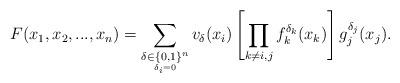
LaTeX: \begin{align*}F(x_{1},x_{2},...,x_{n})=\sum_{\underset{\delta_{i}=0}{\delta\in\{0,1\}^{n}}}v_{\delta}(x_{i})\left[\prod_{k\neq i,j}f_{k}^{\delta_{k}}(x_{k})\right]g_{j}^{\delta_{j}}(x_{j}).\end{align*}